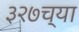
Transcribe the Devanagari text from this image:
३२७च्या